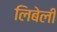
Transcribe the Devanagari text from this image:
लिबेली